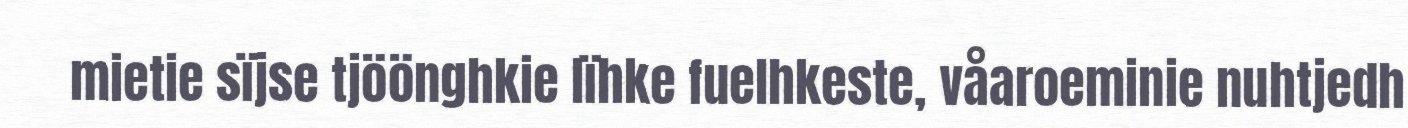
mietie sïjse tjöönghkie lïhke fuelhkeste, våaroeminie nuhtjedh